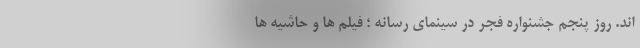
اند. روز پنجم جشنواره فجر در سینمای رسانه ؛ فیلم‌ ها و حاشیه‌ ها